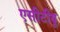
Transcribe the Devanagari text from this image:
एसीटीयू